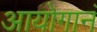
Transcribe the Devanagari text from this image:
आयोगानं